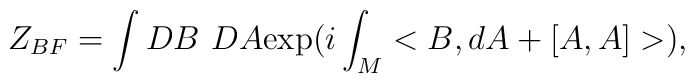
Z_{BF} = \int DB~DA \hbox{exp}(i\int_M <B,dA+[A,A]>),